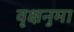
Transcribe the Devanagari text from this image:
वृक्षनुमा